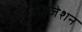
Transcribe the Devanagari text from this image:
इनडाइजेशन